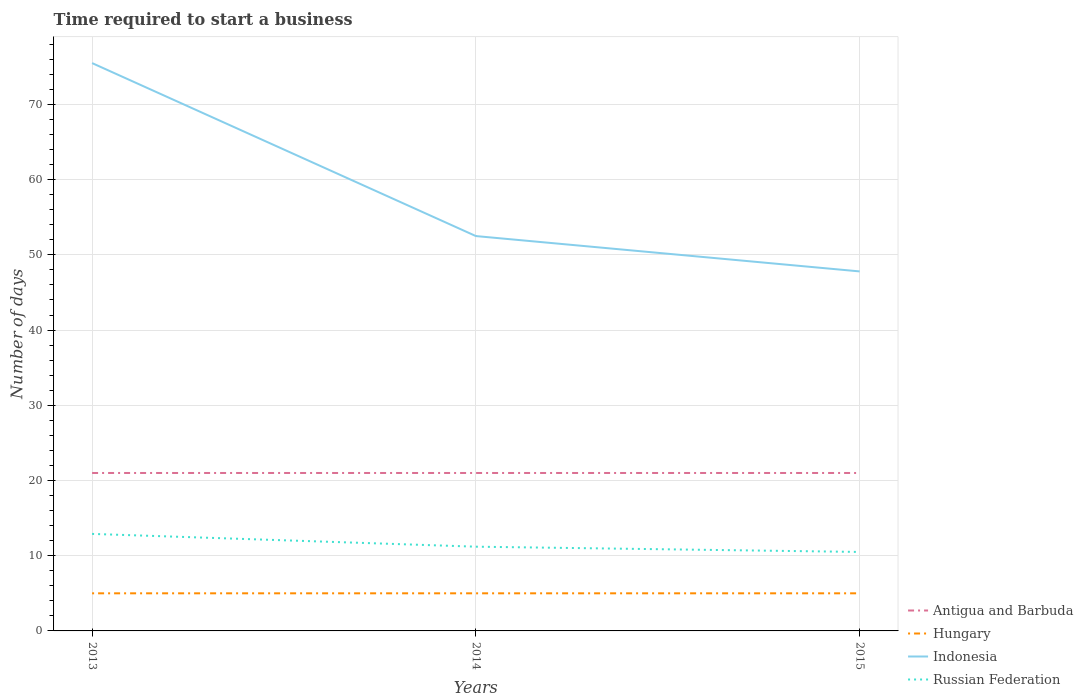
| Years | Antigua and Barbuda | Hungary | Indonesia | Russian Federation |
 | --- | --- | --- | --- | --- |
 | 2013 | 21 | 5 | 75.5 | 12.9 |
 | 2014 | 21 | 5 | 52.5 | 11.2 |
 | 2015 | 21 | 5 | 47.8 | 10.5 |